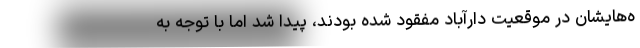
ه‌هایشان در موقعیت دارآباد مفقود شده بودند، پیدا شد اما با توجه به